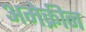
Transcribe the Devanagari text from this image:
अमेक्रीन